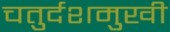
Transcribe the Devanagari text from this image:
चतुर्दशमुखी